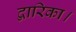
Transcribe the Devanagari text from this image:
द्वारिका।